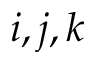
i , j , k